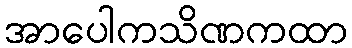
အာပေါကသိဏကထာ